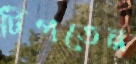
টিপতেন